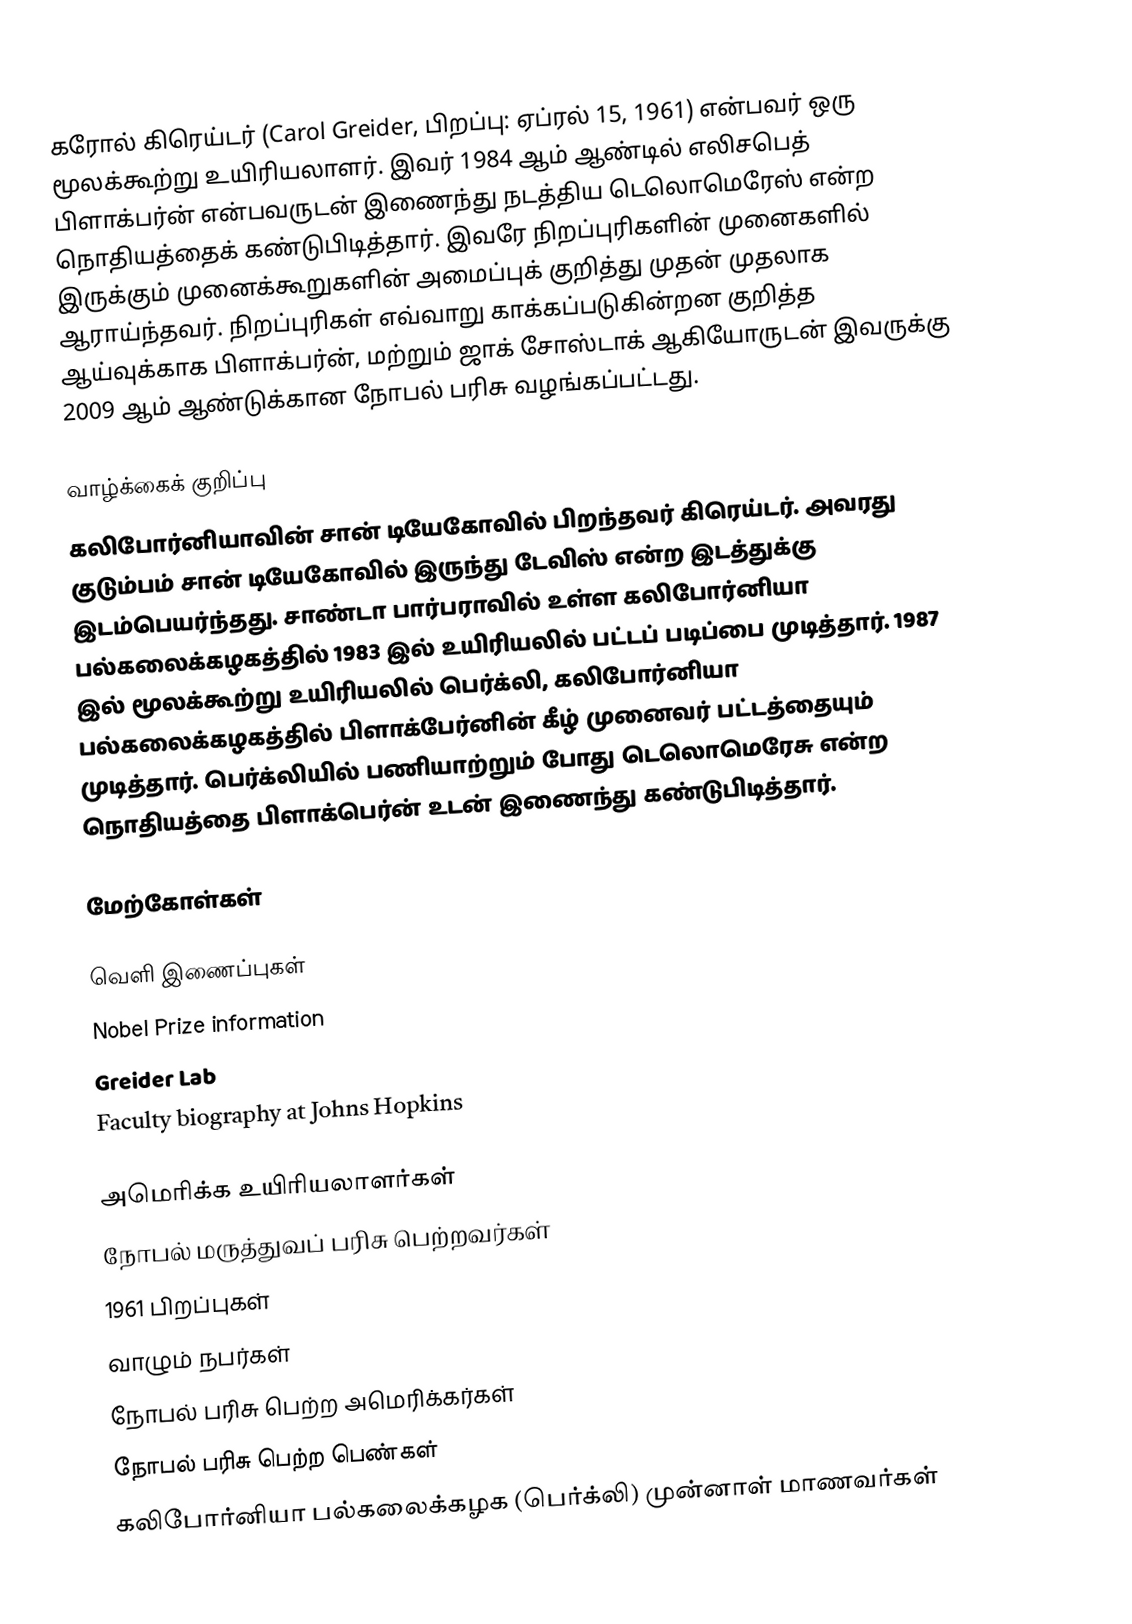
கரோல் கிரெய்டர் (Carol Greider, பிறப்பு: ஏப்ரல் 15, 1961) என்பவர் ஒரு மூலக்கூற்று உயிரியலாளர். இவர் 1984 ஆம் ஆண்டில் எலிசபெத் பிளாக்பர்ன் என்பவருடன் இணைந்து நடத்திய டெலொமெரேஸ் என்ற நொதியத்தைக் கண்டுபிடித்தார். இவரே நிறப்புரிகளின் முனைகளில் இருக்கும் முனைக்கூறுகளின் அமைப்புக் குறித்து முதன் முதலாக ஆராய்ந்தவர். நிறப்புரிகள் எவ்வாறு காக்கப்படுகின்றன குறித்த ஆய்வுக்காக பிளாக்பர்ன், மற்றும் ஜாக் சோஸ்டாக் ஆகியோருடன் இவருக்கு 2009 ஆம் ஆண்டுக்கான நோபல் பரிசு வழங்கப்பட்டது.

வாழ்க்கைக் குறிப்பு
கலிபோர்னியாவின் சான் டியேகோவில் பிறந்தவர் கிரெய்டர். அவரது குடும்பம் சான் டியேகோவில் இருந்து டேவிஸ் என்ற இடத்துக்கு இடம்பெயர்ந்தது. சாண்டா பார்பராவில் உள்ள கலிபோர்னியா பல்கலைக்கழகத்தில் 1983 இல் உயிரியலில் பட்டப் படிப்பை முடித்தார். 1987 இல் மூலக்கூற்று உயிரியலில் பெர்க்லி, கலிபோர்னியா பல்கலைக்கழகத்தில் பிளாக்பேர்னின் கீழ் முனைவர் பட்டத்தையும் முடித்தார். பெர்க்லியில் பணியாற்றும் போது டெலொமெரேசு என்ற நொதியத்தை பிளாக்பெர்ன் உடன் இணைந்து கண்டுபிடித்தார்.

மேற்கோள்கள்

வெளி இணைப்புகள்
 Nobel Prize information
 Greider Lab
 Faculty biography at Johns Hopkins

அமெரிக்க உயிரியலாளர்கள்
நோபல் மருத்துவப் பரிசு பெற்றவர்கள்
1961 பிறப்புகள்
வாழும் நபர்கள்
நோபல் பரிசு பெற்ற அமெரிக்கர்கள்
நோபல் பரிசு பெற்ற பெண்கள்
கலிபோர்னியா பல்கலைக்கழக (பெர்க்லி) முன்னாள் மாணவர்கள்